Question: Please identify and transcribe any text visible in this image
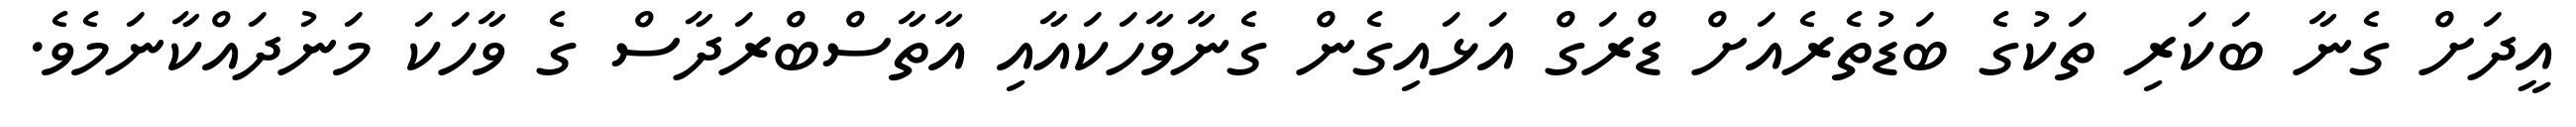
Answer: އީދަށް ގެނާ ބަކަރި ތަކުގެ ބަޑުތެރެއަށް ޑްރަގް އަޅައިގެން ގެނާވާހަކައާއި އާތާސްބްރަދާސް ގެ ވާހަކަ މަނުދައްކާނަމެވެ.